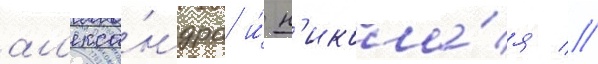
ал'екса́ндра и́ н'икола́я //